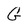
Character: G